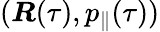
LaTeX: (\boldsymbol{R}(\tau),p_{\parallel}(\tau))